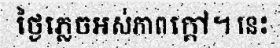
ថ្ងៃភ្លេចអស់ភាពក្តៅ។ នេះ